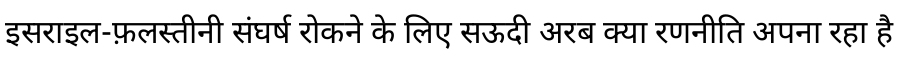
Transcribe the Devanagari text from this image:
इसराइल-फ़लस्तीनी संघर्ष रोकने के लिए सऊदी अरब क्या रणनीति अपना रहा है